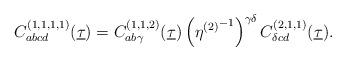
LaTeX: \begin{align*} C^{(1,1,1,1)}_{abcd}(\underline{\tau}) = C^{(1,1,2)}_{ab\gamma}(\underline{\tau}) \left({\eta^{(2)}}^{-1}\right)^{\gamma \delta}C^{(2,1,1)}_{\delta cd}(\underline{\tau}) .\end{align*}